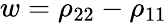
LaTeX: w=\rho_{22}-\rho_{11}